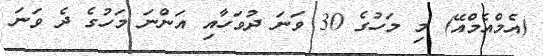
(އެމްއެމްއޭ) މި މަހުގެ 30 ވަނަ ދުވަހާއި އަންނަ މަހުގެ ދެ ވަނަ